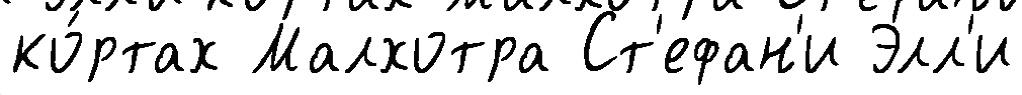
ко́ртах Малхотра Ст'ефан'и Элл'и